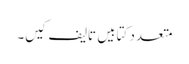
متعدد کتابیں تالیف کیں۔